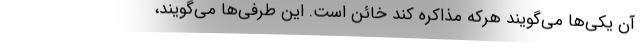
آن یکی‌ها می‌گویند هرکه مذاکره کند خائن است. این طرفی‌ها می‌گویند،